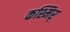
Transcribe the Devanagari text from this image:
कश्मिर्